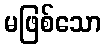
မဖြစ်သော